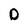
Character: D